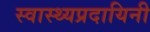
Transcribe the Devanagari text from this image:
स्वास्थ्यप्रदायिनी